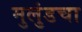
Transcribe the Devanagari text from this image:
मुलुंडचा